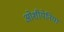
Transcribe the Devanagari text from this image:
ओशीयेनिया